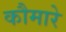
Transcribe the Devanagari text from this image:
कौमारे